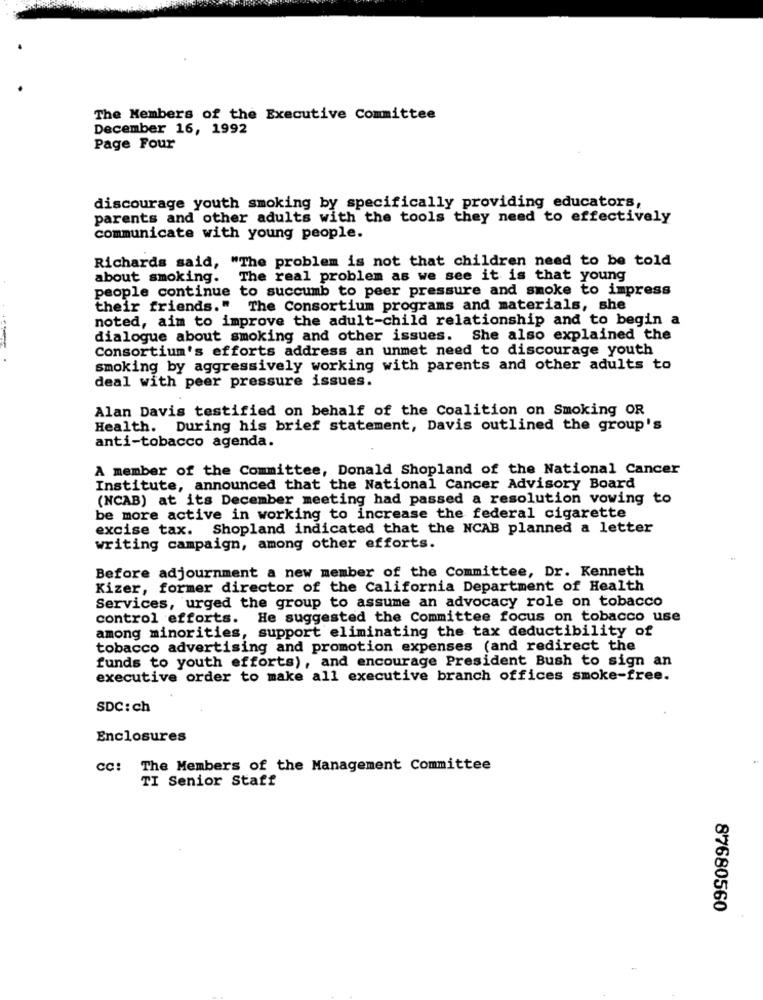
The Members of the Executive Committee
December 16, 1992
Page Four
discourage youth smoking by specifically providing educators,
parents and other adults with the tools they need to effectively
communicate with young people.
Richards said, "The problem is not that children need to be told
about smoking.
The real problem as we see it is that young
people continue to succumb to peer pressure and smoke to impress
their friends."
The Consortium programs and materials, she
noted, aim to improve the adult-child relationship and to begin a
dialogue about smoking and other issues. She also explained the
Consortium's efforts address an unmet need to discourage youth
smoking by aggressively working with parents and other adults to
deal with peer pressure issues.
Alan Davis testified on behalf of the Coalition on Smoking OR
Health. During his brief statement, Davis outlined the group's
anti-tobacco agenda.
A member of the Committee, Donald Shopland of the National Cancer
Institute, announced that the National Cancer Advisory Board
(NCAB) at its December meeting had passed a resolution vowing to
be more active in working to increase the federal cigarette
excise tax. Shopland indicated that the NCAB planned a letter
writing campaign, among other efforts.
Before adjournment a new member of the Committee, Dr. Kenneth
Kizer, former director of the California Department of Health
Services, urged the group to assume an advocacy role on tobacco
control efforts. He suggested the Committee focus on tobacco use
among minorities, support eliminating the tax deductibility of
tobacco advertising and promotion expenses (and redirect the
funds to youth efforts), and encourage President Bush to sign an
executive order to make all executive branch offices smoke-free.
SDC: ch
Enclosures
CC: The Members of the Management Committee
TI Senior Staff
87680560